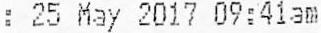
: 25 MAY 2017 09:41AM